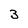
Character: 3